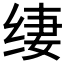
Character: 𰬢